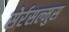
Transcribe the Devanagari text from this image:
सेर्रसल्मुस